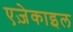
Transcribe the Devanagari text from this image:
एज़ेकाइल